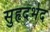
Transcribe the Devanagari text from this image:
सुहृदभेद